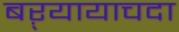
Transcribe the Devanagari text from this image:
बऱ्यायाचदा